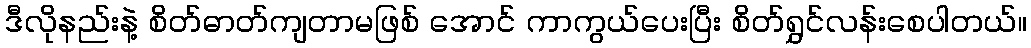
ဒီလိုနည်းနဲ့ စိတ်ဓာတ်ကျတာမဖြစ် အောင် ကာကွယ်ပေးပြီး စိတ်ရွှင်လန်းစေပါတယ်။